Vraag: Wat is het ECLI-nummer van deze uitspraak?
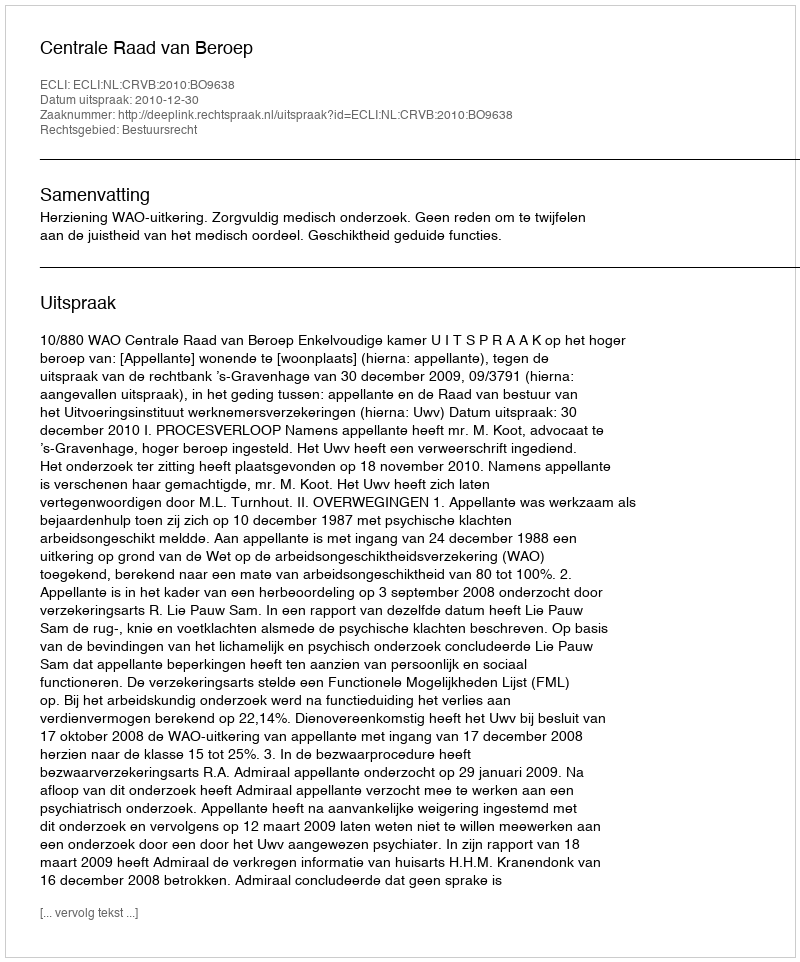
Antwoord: ECLI:NL:CRVB:2010:BO9638